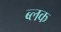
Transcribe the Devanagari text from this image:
ब्लक